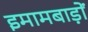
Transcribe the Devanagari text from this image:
इमामबाड़ों